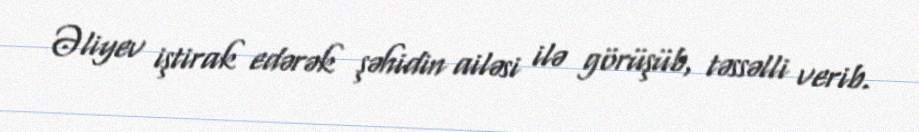
Əliyev iştirak edərək şəhidin ailəsi ilə görüşüb, təssəlli verib.